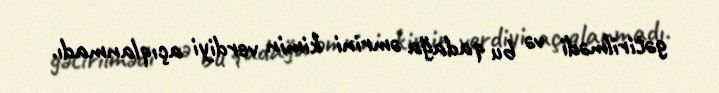
gətirilmədi və bu qadağa əmrini kimin verdiyi açıqlanmadı.